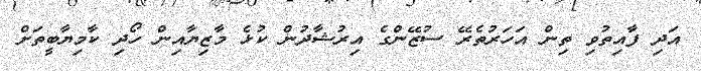
އަދި ފާއިތުވި ތިން އަހަރުތެރޭ ސުޒޭންގެ އިރުޝާދުން ކުޅެ މާޒިޔާއިން ހޯދި ކާމިޔާބީތަށް